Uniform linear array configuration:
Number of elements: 48
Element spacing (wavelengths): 0.75
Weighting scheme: binomial
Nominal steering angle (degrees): -45
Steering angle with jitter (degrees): -44.412
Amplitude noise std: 0.05
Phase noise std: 0.05

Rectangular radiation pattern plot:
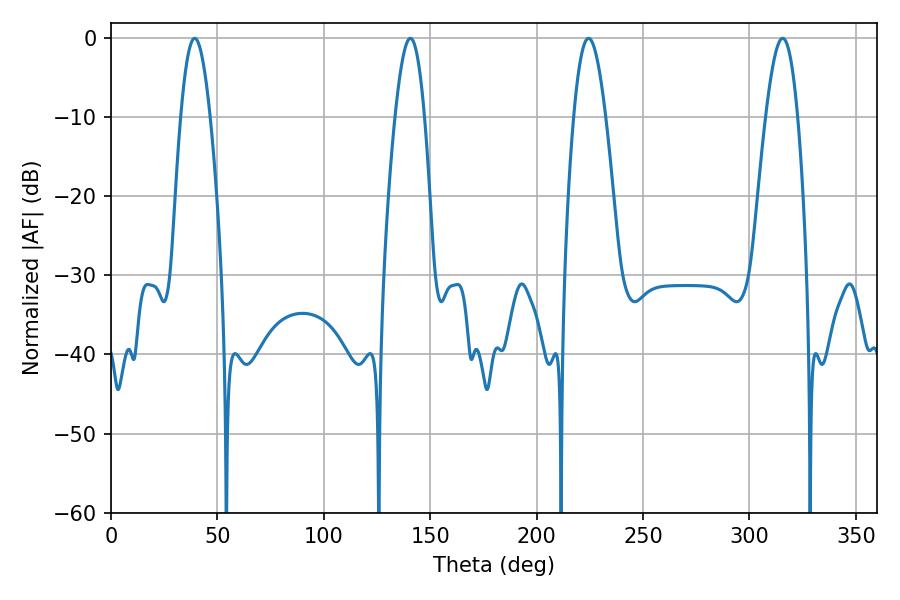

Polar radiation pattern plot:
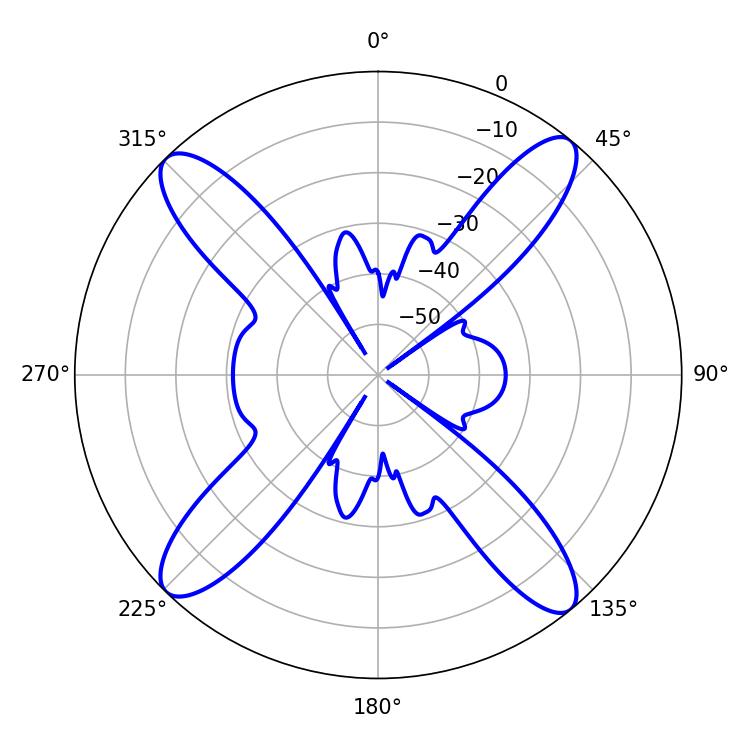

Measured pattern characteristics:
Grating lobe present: TRUE
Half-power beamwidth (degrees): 8.1
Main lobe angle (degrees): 224.46